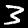
Label: 3